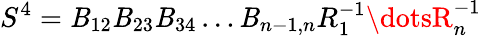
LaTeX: S^{4}=\mathit{B}_{12}\mathit{B}_{23}\mathit{B}_{34}\dots\mathit{B}_{n-1,n}R_{1}^{-1}\dotsR_{n}^{-1}